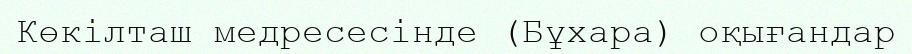
Көкілташ медресесінде (Бұхара) оқығандар